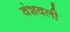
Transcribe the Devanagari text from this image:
वंशवली